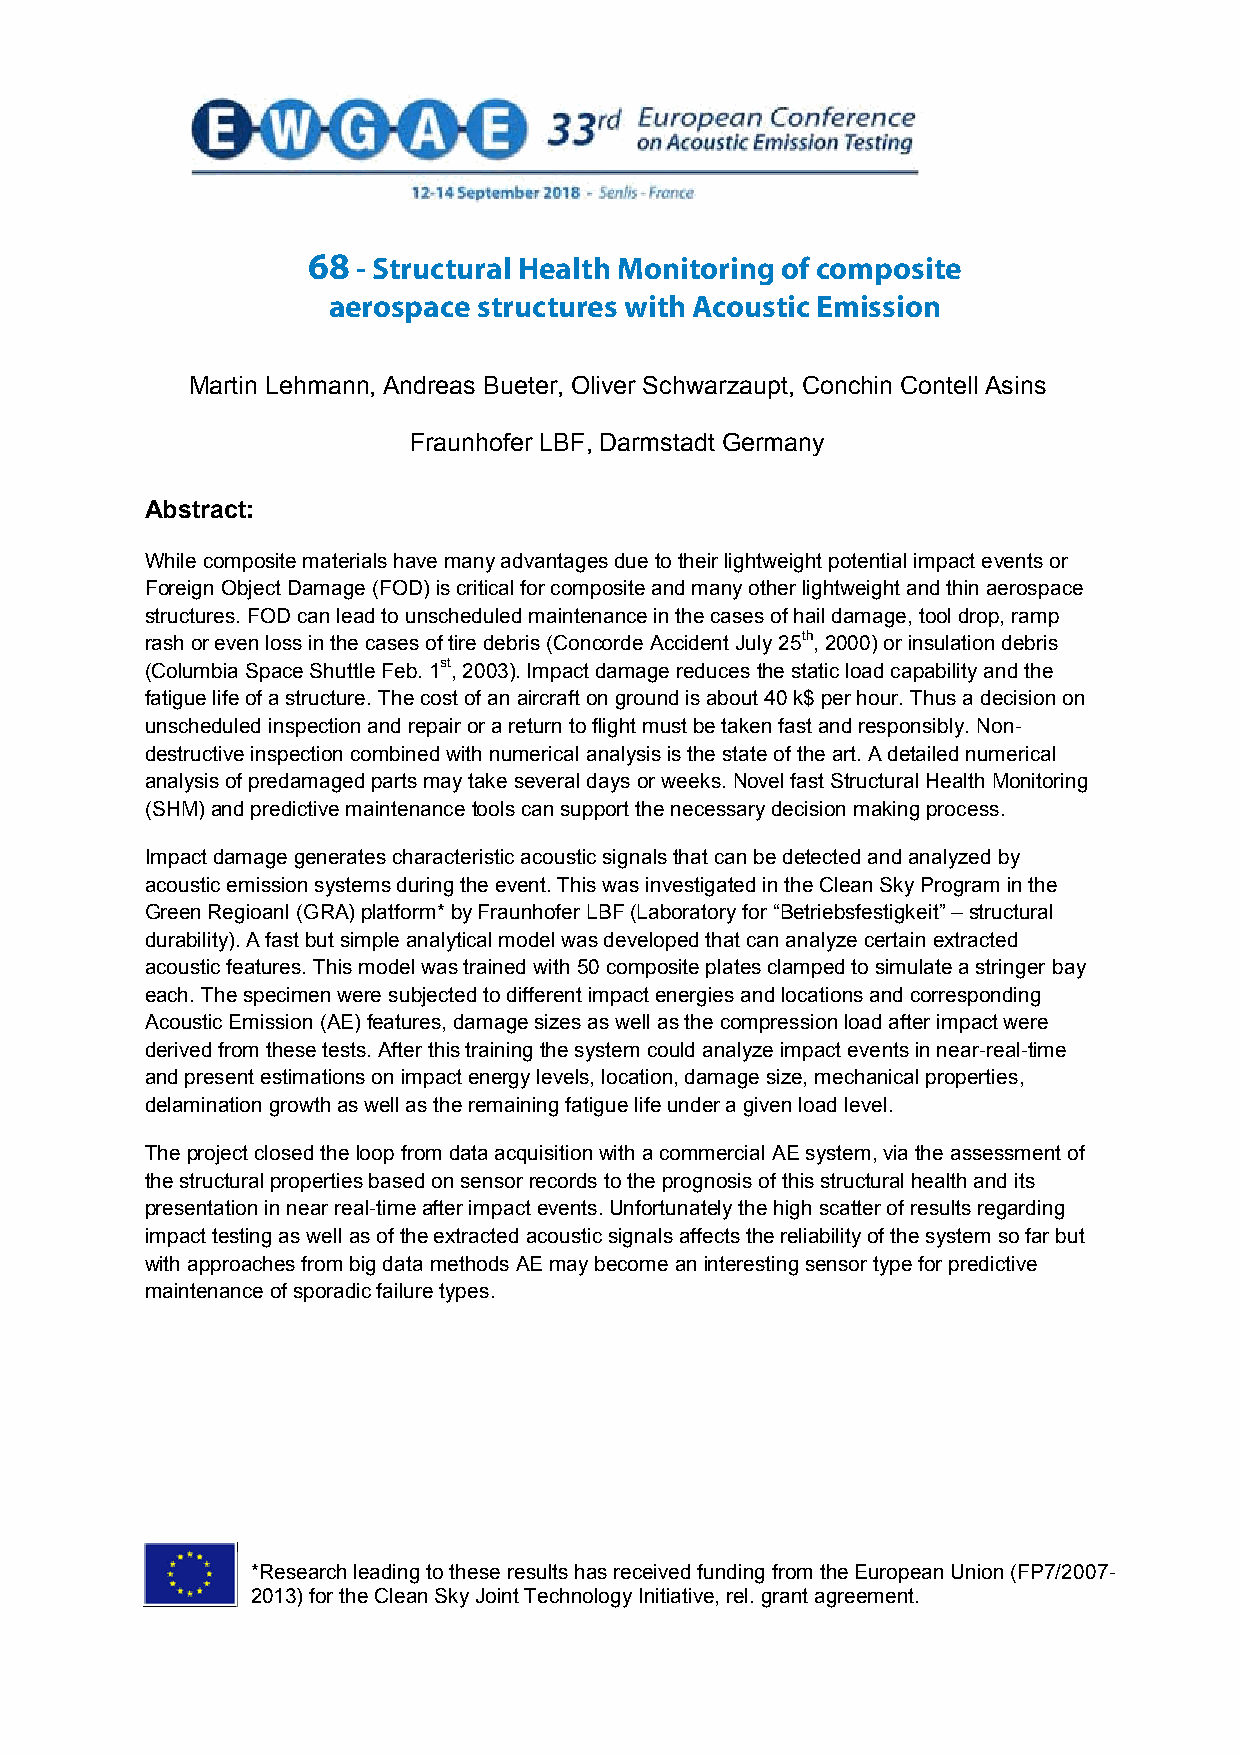
68  - Structural Health Monitoring of composite
 Structural Health Monitoring of composite aerospace structures
 aerospace structures with Acoustic Emission
 with Acoustic Emission
 Martin Lehmann, Andreas Bueter, Oliver Schwarzaupt, Conchin Contell Asins
 Fraunhofer LBF, Darmstadt Germany
 Abstract:
 While composite materials have many advantages due to their lightweight potential impact events or
 Foreign Object Damage (FOD) is critical for composite and many other lightweight and thin aerospace
 structures. FOD can lead to unscheduled maintenance in the cases of hail damage, tool drop, ramp
 rash or even loss in the cases of tire debris (Concorde Accident July 25th, 2000) or insulation debris
 (Columbia Space Shuttle Feb. 1st, 2003). Impact damage reduces the static load capability and the
 fatigue life of a structure. The cost of an aircraft on ground is about 40 k$ per hour. Thus a decision on
 unscheduled inspection and repair or a return to flight must be taken fast and responsibly. Non-
 destructive inspection combined with numerical analysis is the state of the art. A detailed numerical
 analysis of predamaged parts may take several days or weeks. Novel fast Structural Health Monitoring
 (SHM) and predictive maintenance tools can support the necessary decision making process.
 Impact damage generates characteristic acoustic signals that can be detected and analyzed by
 acoustic emission systems during the event. This was investigated in the Clean Sky Program in the
 Green Regioanl (GRA) platform* by Fraunhofer LBF (Laboratory for “Betriebsfestigkeit” – structural
 durability). A fast but simple analytical model was developed that can analyze certain extracted
 acoustic features. This model was trained with 50 composite plates clamped to simulate a stringer bay
 each. The specimen were subjected to different impact energies and locations and corresponding
 Acoustic Emission (AE) features, damage sizes as well as the compression load after impact were
 derived from these tests. After this training the system could analyze impact events in near-real-time
 and present estimations on impact energy levels, location, damage size, mechanical properties,
 delamination growth as well as the remaining fatigue life under a given load level.
 The project closed the loop from data acquisition with a commercial AE system, via the assessment of
 the structural properties based on sensor records to the prognosis of this structural health and its
 presentation in near real-time after impact events. Unfortunately the high scatter of results regarding
 impact testing as well as of the extracted acoustic signals affects the reliability of the system so far but
 with approaches from big data methods AE may become an interesting sensor type for predictive
 maintenance of sporadic failure types.
 *Research leading to these results has received funding from the European Union (FP7/2007-
 2013) for the Clean Sky Joint Technology Initiative, rel. grant agreement.
 1